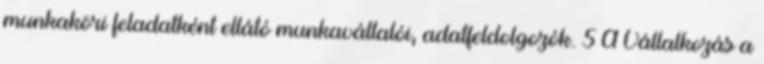
munkaköri feladatként ellátó munkavállalói, adatfeldolgozók. 5 A Vállalkozás a